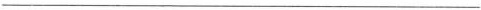
___